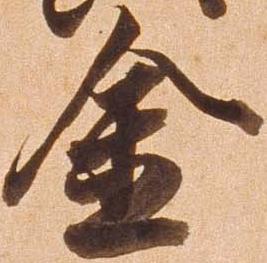
金